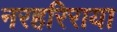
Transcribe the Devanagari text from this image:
नरहरिराया